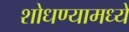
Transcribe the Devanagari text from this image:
शोधण्यामध्ये